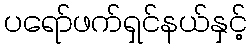
ပရော်ဖက်ရှင်နယ်နှင့်